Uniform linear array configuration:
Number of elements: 24
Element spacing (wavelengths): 0.25
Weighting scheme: uniform
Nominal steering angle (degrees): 60
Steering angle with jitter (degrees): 59.31
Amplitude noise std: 0.05
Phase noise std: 0.05

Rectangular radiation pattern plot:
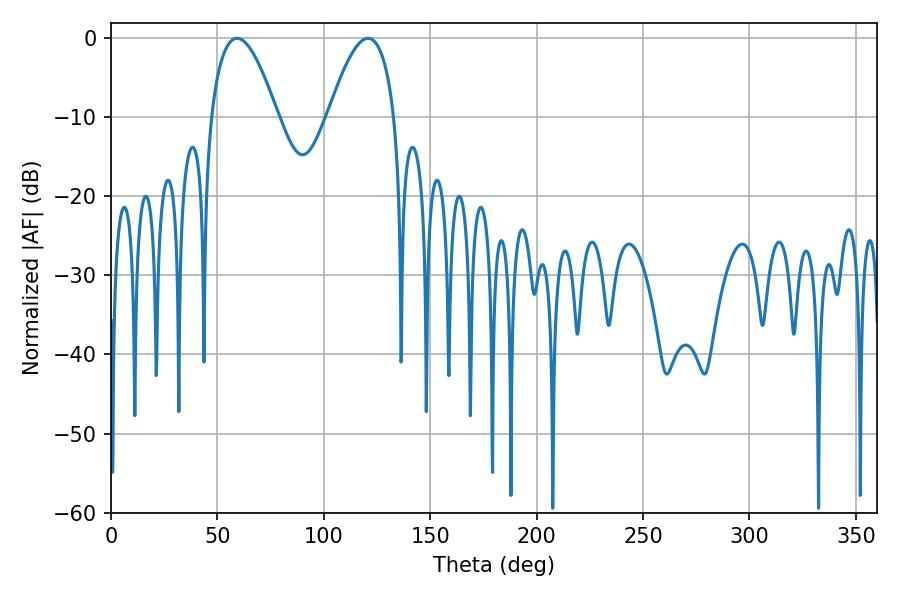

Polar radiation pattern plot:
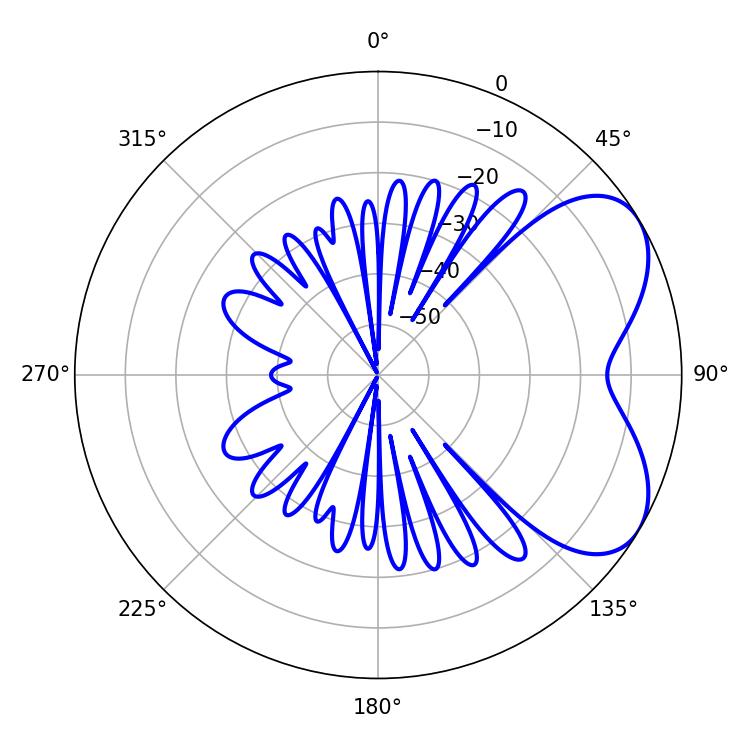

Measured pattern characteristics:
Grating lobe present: FALSE
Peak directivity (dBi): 5.431
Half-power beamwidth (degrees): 17.1
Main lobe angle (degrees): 59.22